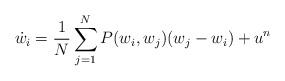
\begin{align*}\dot{w}_i=\frac{1}{N}\sum_{j=1}^{N}P(w_i,w_j)(w_j-w_i)+u^n\end{align*}